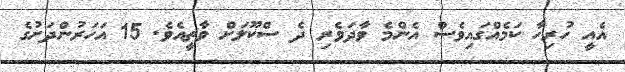
އެއީ ހުރިހާ ކަމެއްގައިވެސް އެންމެ ވާދަވެރި ދެ ސްކޫލަށް ވާތީއެވެ. 15 އަހަރުންދަށުގެ